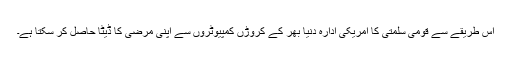
اس طریقے سے قومی سلمتی کا امریکی ادارہ دنیا بھر کے کروڑں کمپیوٹروں سے اپنی مرضی کا ڈیٹا حاصل کر سکتا ہے۔